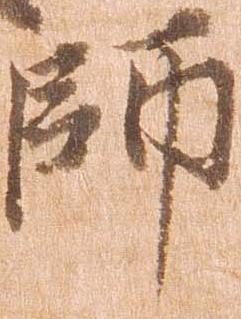
師